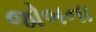
જોબના